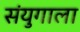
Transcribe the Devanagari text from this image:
संयुगाला